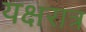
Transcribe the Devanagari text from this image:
यक्षरात्र